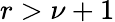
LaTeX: r>\nu+1